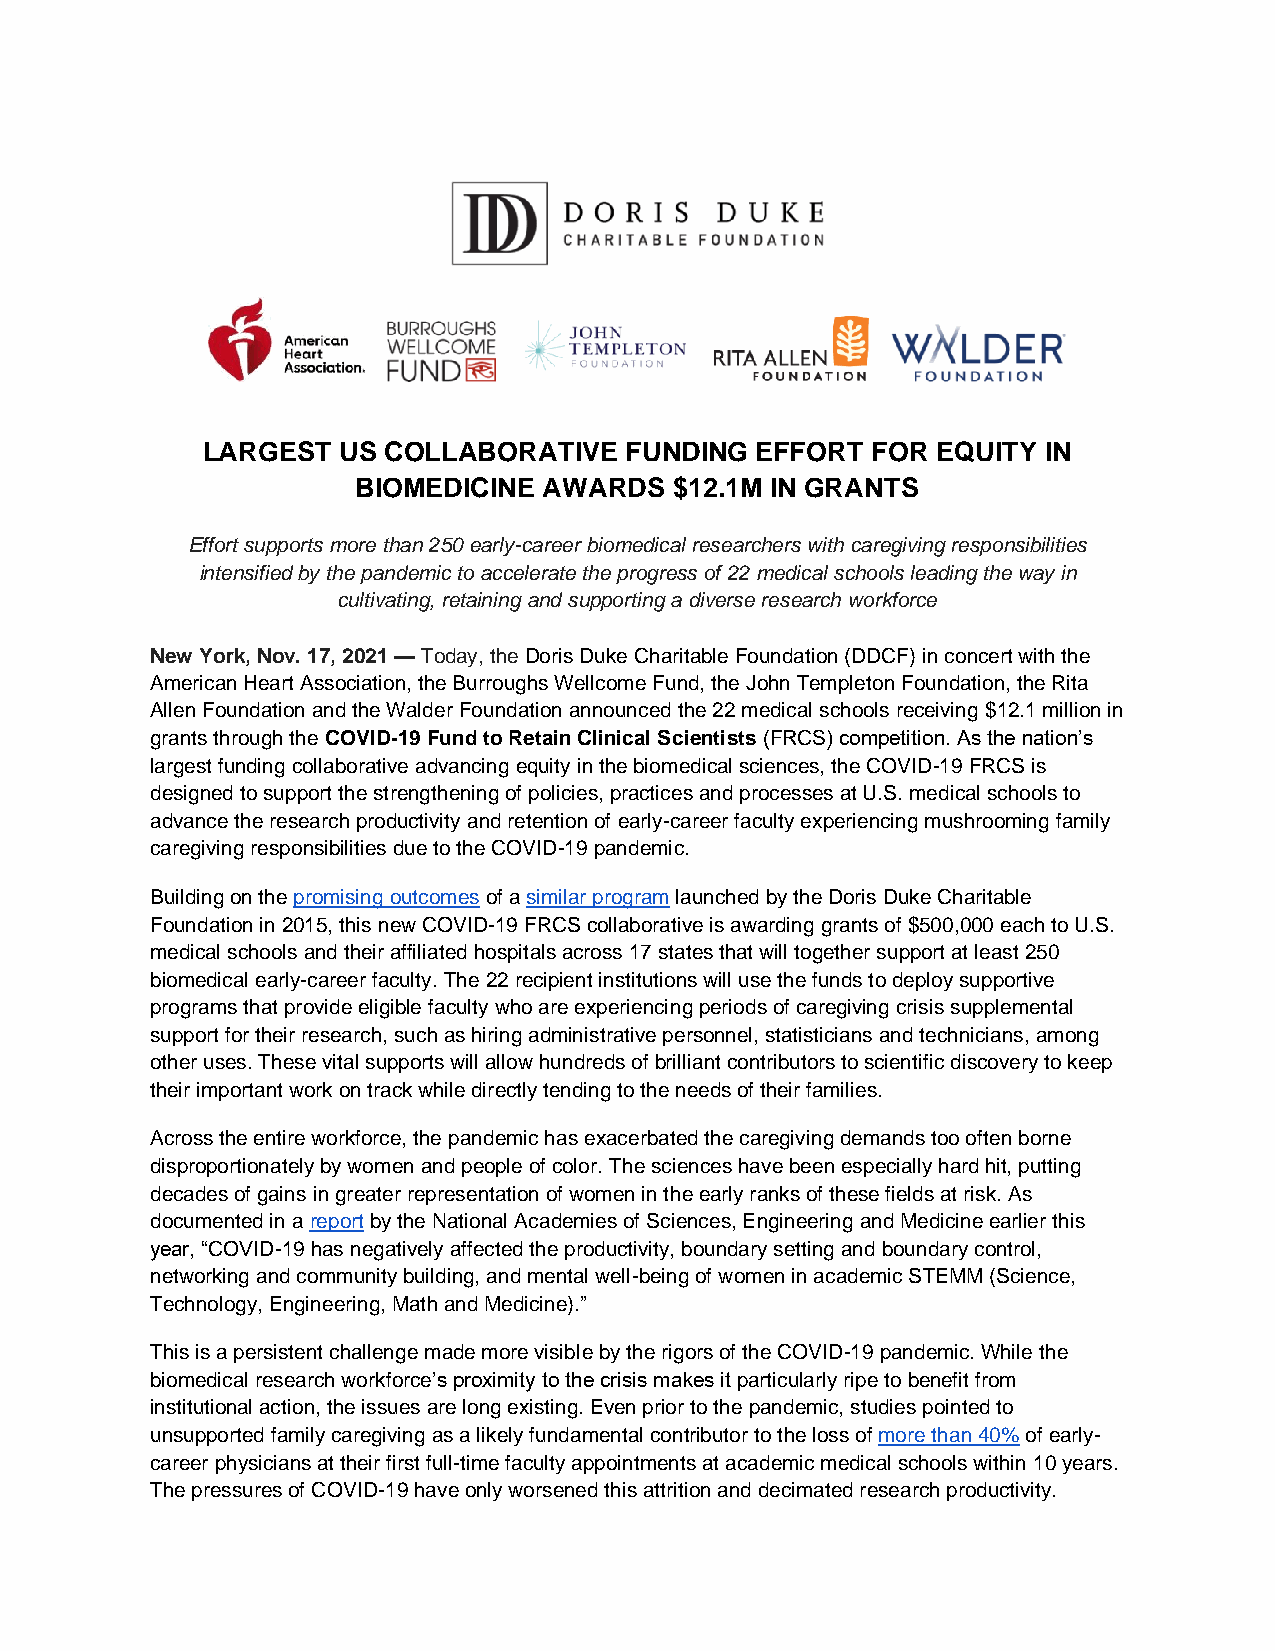
LARGEST  US COLLABORATIVE   FUNDING  EFFORT  FOR EQUITY IN
 BIOMEDICINE AWARDS   $12.1M IN GRANTS
 Effort supports more than 250 early-career biomedical researchers with caregiving responsibilities
 intensified by the pandemic to accelerate the progress of 22 medical schools leading the way in
 cultivating, retaining and supporting a diverse research workforce
 New York, Nov. 17, 2021 — Today, the Doris Duke Charitable Foundation (DDCF) in concert with the
 American Heart Association, the Burroughs Wellcome Fund, the John Templeton Foundation, the Rita
 Allen Foundation and the Walder Foundation announced the 22 medical schools receiving $12.1 million in
 grants through the COVID-19 Fund to Retain Clinical Scientists (FRCS) competition. As the nation’s
 largest funding collaborative advancing equity in the biomedical sciences, the COVID-19 FRCS is
 designed to support the strengthening of policies, practices and processes at U.S. medical schools to
 advance the research productivity and retention of early-career faculty experiencing mushrooming family
 caregiving responsibilities due to the COVID-19 pandemic.
 Building on the promising outcomes of a similar program launched by the Doris Duke Charitable
 Foundation in 2015, this new COVID-19 FRCS collaborative is awarding grants of $500,000 each to U.S.
 medical schools and their affiliated hospitals across 17 states that will together support at least 250
 biomedical early-career faculty. The 22 recipient institutions will use the funds to deploy supportive
 programs that provide eligible faculty who are experiencing periods of caregiving crisis supplemental
 support for their research, such as hiring administrative personnel, statisticians and technicians, among
 other uses. These vital supports will allow hundreds of brilliant contributors to scientific discovery to keep
 their important work on track while directly tending to the needs of their families.
 Across the entire workforce, the pandemic has exacerbated the caregiving demands too often borne
 disproportionately by women and people of color. The sciences have been especially hard hit, putting
 decades of gains in greater representation of women in the early ranks of these fields at risk. As
 documented in a report by the National Academies of Sciences, Engineering and Medicine earlier this
 year, “COVID-19 has negatively affected the productivity, boundary setting and boundary control,
 networking and community building, and mental well-being of women in academic STEMM (Science,
 Technology, Engineering, Math and Medicine).”
 This is a persistent challenge made more visible by the rigors of the COVID-19 pandemic. While the
 biomedical research workforce’s proximity to the crisis makes it particularly ripe to benefit from
 institutional action, the issues are long existing. Even prior to the pandemic, studies pointed to
 unsupported family caregiving as a likely fundamental contributor to the loss of more than 40% of early-
 career physicians at their first full-time faculty appointments at academic medical schools within 10 years.
 The pressures of COVID-19 have only worsened this attrition and decimated research productivity.